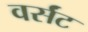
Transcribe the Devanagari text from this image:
वर्संट